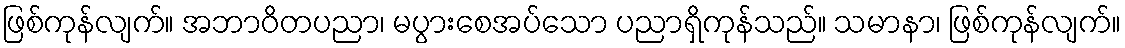
ဖြစ်ကုန်လျက်။ အဘာဝိတပညာ၊ မပွားစေအပ်သော ပညာရှိကုန်သည်။ သမာနာ၊ ဖြစ်ကုန်လျက်။